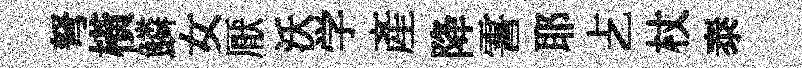
弩橫鱗女厭沃学産降霅耶𠧒杖泰